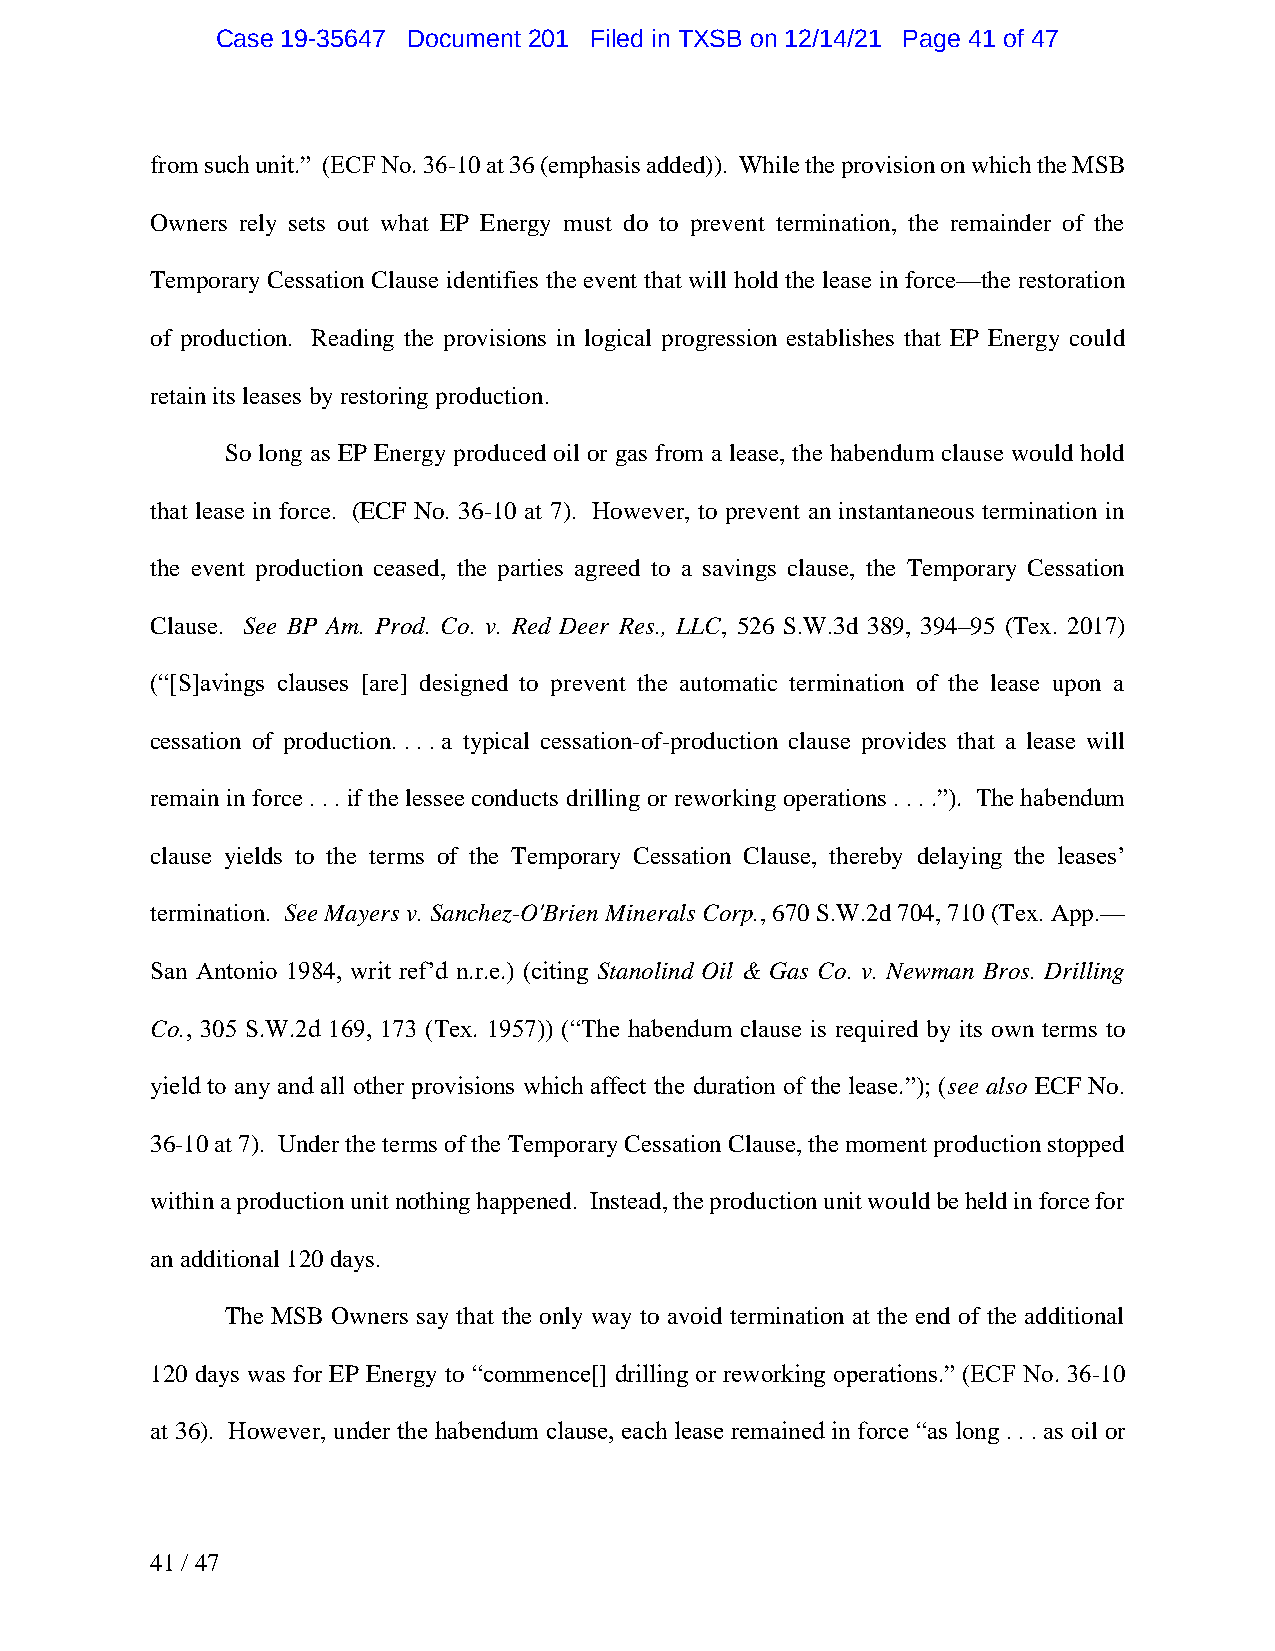
Case 19-35647 Document 201 Filed in TXSB on 12/14/21 Page 41 of 47
 from such unit.” (ECF No. 36-10 at 36 (emphasis added)). While the provision on which the MSB
 Owners rely sets out what EP Energy must do to prevent termination, the remainder of the
 Temporary Cessation Clause identifies the event that will hold the lease in force—the restoration
 of production. Reading the provisions in logical progression establishes that EP Energy could
 retain its leases by restoring production.
 So long as EP Energy produced oil or gas from a lease, the habendum clause would hold
 that lease in force. (ECF No. 36-10 at 7). However, to prevent an instantaneous termination in
 the event production ceased, the parties agreed to a savings clause, the Temporary Cessation
 Clause. See BP Am. Prod. Co. v. Red Deer Res., LLC, 526 S.W.3d 389, 394–95 (Tex. 2017)
 (“[S]avings clauses [are] designed to prevent the automatic termination of the lease upon a
 cessation of production. . . . a typical cessation-of-production clause provides that a lease will
 remain in force . . . if the lessee conducts drilling or reworking operations . . . .”). The habendum
 clause yields to the terms of the Temporary Cessation Clause, thereby delaying the leases’
 termination. See Mayers v. Sanchez-O'Brien Minerals Corp., 670 S.W.2d 704, 710 (Tex. App.—
 San Antonio 1984, writ ref’d n.r.e.) (citing Stanolind Oil & Gas Co. v. Newman Bros. Drilling
 Co., 305 S.W.2d 169, 173 (Tex. 1957)) (“The habendum clause is required by its own terms to
 yield to any and all other provisions which affect the duration of the lease.”); (see also ECF No.
 36-10 at 7). Under the terms of the Temporary Cessation Clause, the moment production stopped
 within a production unit nothing happened. Instead, the production unit would be held in force for
 an additional 120 days.
 The MSB Owners say that the only way to avoid termination at the end of the additional
 120 days was for EP Energy to “commence[] drilling or reworking operations.” (ECF No. 36-10
 at 36). However, under the habendum clause, each lease remained in force “as long . . . as oil or
 41 / 47